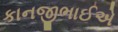
કાનજીભાઈએ